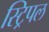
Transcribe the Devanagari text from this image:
स्ट्रिपल